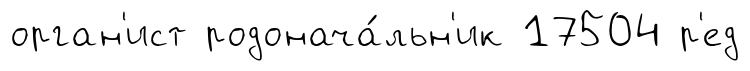
орган'ист родонача́льн'ик 17504 р'ед